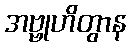
အဗ္ဗုဟိတွာန